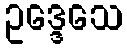
ဥဒ္ဒေသေ